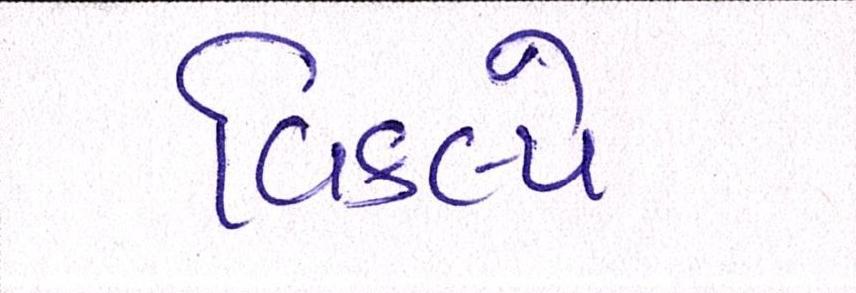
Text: વિકલ્પે